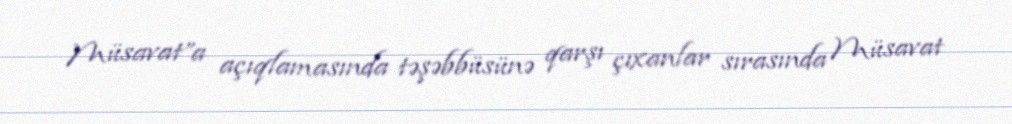
Müsavat”a açıqlamasında təşəbbüsünə qarşı çıxanlar sırasında Müsavat